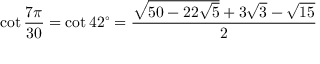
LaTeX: \cot { \frac { 7 \pi } { 3 0 } } = \cot 4 2 ^ { \circ } = { \frac { { \sqrt { 5 0 - 2 2 { \sqrt { 5 } } } } + 3 { \sqrt { 3 } } - { \sqrt { 1 5 } } } { 2 } }